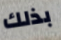
بذلك